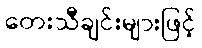
တေးသီချင်းများဖြင့်